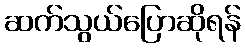
ဆက်သွယ်ပြောဆိုရန်